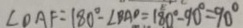
\angle D A F = 1 8 0 ^ { \circ } - \angle B A D = 1 8 0 ^ { \circ } - 9 0 ^ { \circ } = 9 0 ^ { \circ }